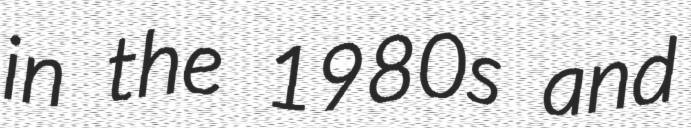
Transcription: in the 1980s and